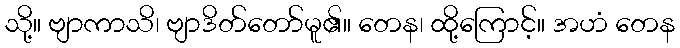
သို့။ ဗျာကာသိ၊ ဗျာဒိတ်တော်မူ၏။ တေန၊ ထို့ကြောင့်။ အဟံ တေန